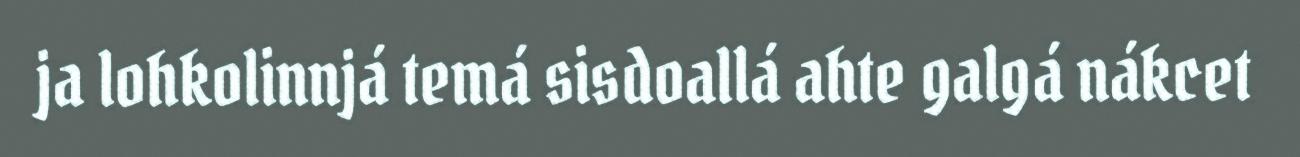
ja lohkolinnjá temá sisdoallá ahte galgá nákcet